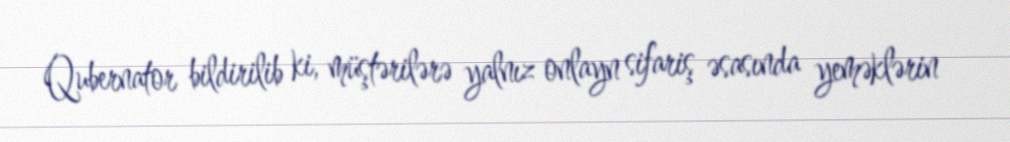
Qubernator bildirilib ki, müştərilərə yalnız onlayn sifariş əsasında yeməklərin